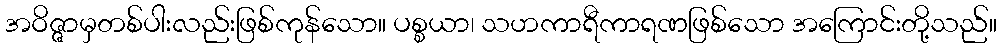
အဝိဇ္ဇာမှတစ်ပါးလည်းဖြစ်ကုန်သော။ ပစ္စယာ၊ သဟကာရီကာရဏဖြစ်သော အကြောင်းတို့သည်။